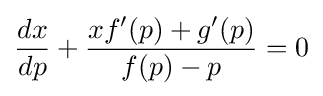
{\frac {dx}{dp}}+{\frac {xf'(p)+g'(p)}{f(p)-p}}=0